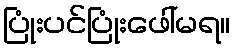
ပြုံးပင်ပြုံးဖေါ်မရ။